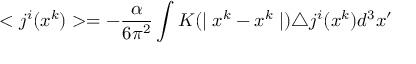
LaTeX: < j ^ { i } ( x ^ { k } ) > = - \frac { \alpha } { 6 \pi ^ { 2 } } \int K ( \mid x ^ { k } - x ^ { k } \mid ) \triangle j ^ { i } ( x ^ { k } ) d ^ { 3 } x ^ { \prime }